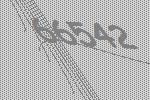
66542